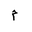
Letter: _mim